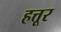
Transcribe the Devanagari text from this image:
हत्तूर